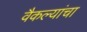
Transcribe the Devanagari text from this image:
वैकल्यांचा